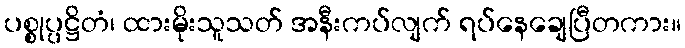
ပစ္စုပ္ပဋ္ဌိတံ၊ ထားမိုးသူသတ် အနီးကပ်လျက် ရပ်နေချေပြီတကား။